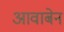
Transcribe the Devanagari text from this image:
आवाबेन